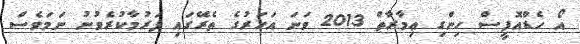
އޯ ހެޑްއޮފީސް ހިންގި ޢިމާރާތް 2013 ވަނަ އަހަރުގެ ތެރޭގައި ފަރުމާކުރެވުނު ނަމަވެސް